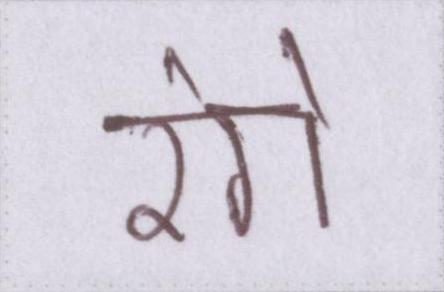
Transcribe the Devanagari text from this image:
रंगे